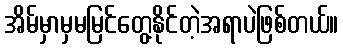
အိမ်မှာမှမမြင်တွေ့နိုင်တဲ့အရာပဲဖြစ်တယ်။